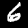
Label: 6